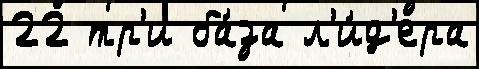
22 тр'и ба́за л'и́д'ера